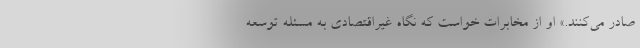
صادر می‌کنند.» او از مخابرات خواست که نگاه غیراقتصادی به مسئله توسعه